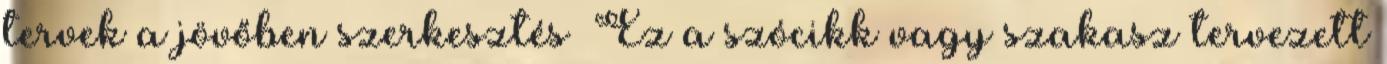
tervek a jövőben szerkesztés Ez a szócikk vagy szakasz tervezett